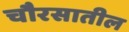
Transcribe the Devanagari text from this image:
चौरसातील